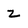
Character: z